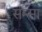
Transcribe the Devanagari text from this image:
सम्सा